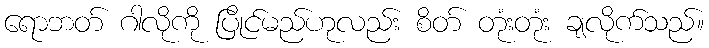
ရောဘတ် ဂါလိုကို ပြိုင်မည်ဟုလည်း စိတ် တုံးတုံး ချလိုက်သည်။